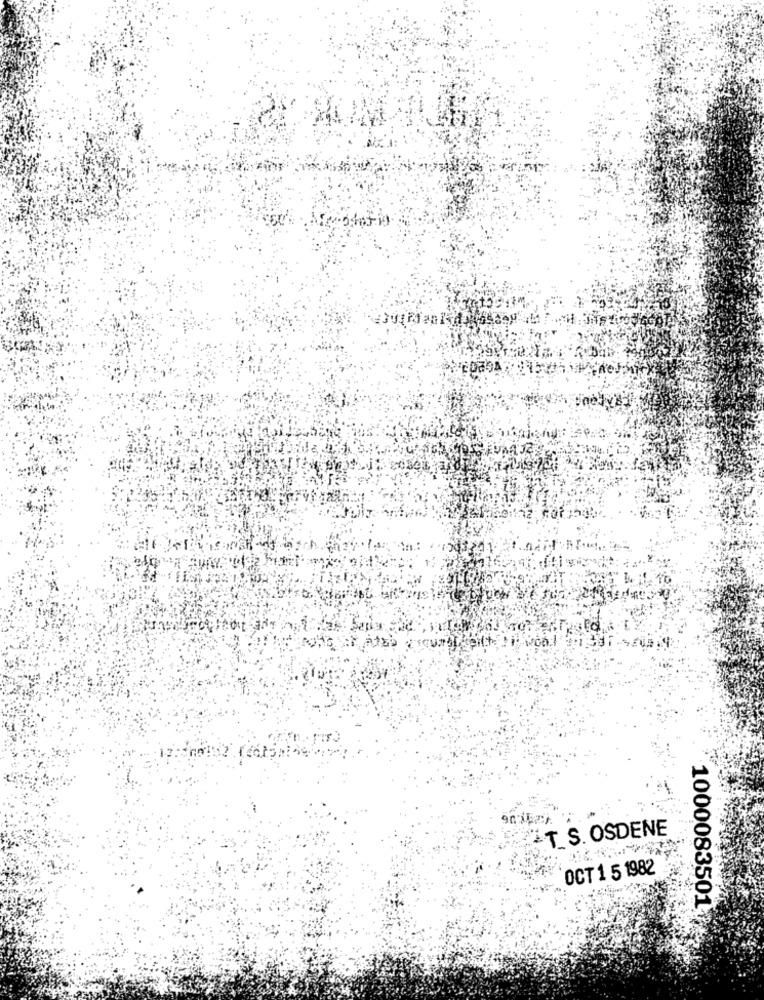
T S. OSDENE
OCT 1 5 1982
1000083501